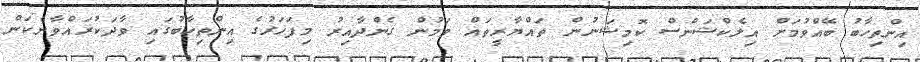
އިންތިހާބު ބޭއްވުމަށް އިލެކްޝަންސް ކޮމިޝަނުން ތައްޔާރީތައް ވަމުން ގެންދާއިރު މިފަހަރުގެ އިންތިހާބުގައި ވާދަކުރައްވާނެކަން